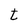
Character: t